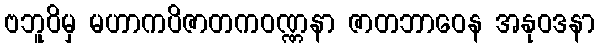
ဗဘူဝိမှ မဟာကပိဇာတကဝဏ္ဏနာ ဇာတဘာဝေန အနုဝဒနာ